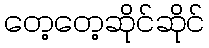
တေ့တေ့ဆိုင်ဆိုင်